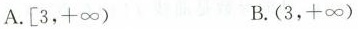
A.[3，+\infty ) B.(3，+\infty )